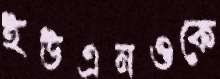
ইউএনওকে